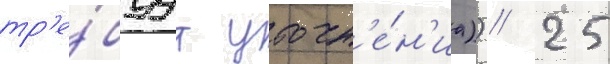
тр'е́буут уточн'е́н'иа)) // 25